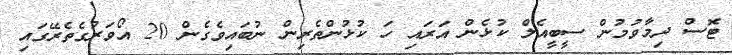
ޓޮސް ދިމާވުމުން ސީބީއެލް ކުޅެން އަރައި ހަ ކުޅުންތެރިން ނުބައިވެގެން 20 އޯވަރުގެތެރޭގައި